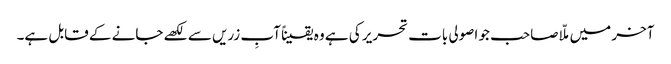
آخر میں ملّا صاحب جو اصولی بات تحریر کی ہے وہ یقیناً آبِ زریں سے لکھے جانے کے قابل ہے۔